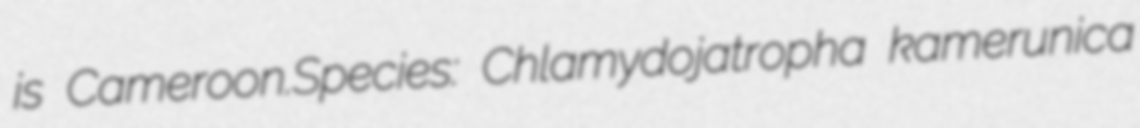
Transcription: is Cameroon.Species: Chlamydojatropha kamerunica